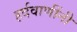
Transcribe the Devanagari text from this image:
हर्दवाणींनी